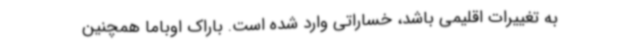
به تغییرات اقلیمی باشد، خساراتی وارد شده است. باراک اوباما همچنین